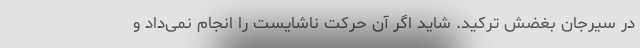
در سیرجان بغضش ترکید. شاید اگر آن حرکت ناشایست را انجام نمی‌داد و